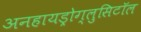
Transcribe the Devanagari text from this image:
अनहायड्रोग्लुसिटॉल